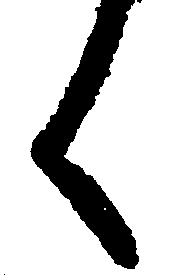
く